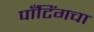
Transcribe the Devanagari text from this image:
पाँटिंगचा